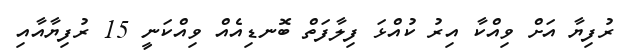
ރުފިޔާ އަށް ވިއްކާ އިރު ކުއްޅަ ފިލާފަތް ބޮނޑިއެއް ވިއްކަނީ 15 ރުފިޔާއާއި